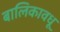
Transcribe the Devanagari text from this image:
बालिकावधू